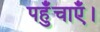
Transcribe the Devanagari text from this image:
पहुँचाएँ।